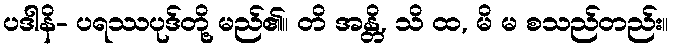
ပဒါနိ- ပရဿပုဒ်တို့ မည်၏။ တိ အန္တိ, သိ ထ, မိ မ စသည်တည်း။